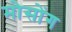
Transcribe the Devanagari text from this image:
मोसोंग